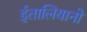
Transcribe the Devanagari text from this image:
ईतालियानो